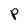
Character: P